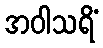
အဝါသရိံ